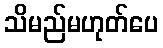
သိမည်မဟုတ်ပေ